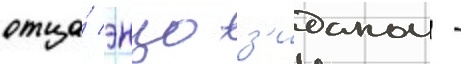
отца́ энцо з'иданом -